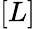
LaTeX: [L]